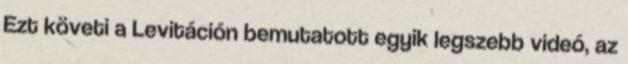
Ezt követi a Levitáción bemutatott egyik legszebb videó, az